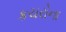
કચરોના